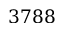
3 7 8 8